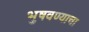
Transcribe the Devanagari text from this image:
भुषवण्याचा